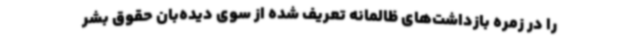
را در زمره بازداشت‌های ظالمانه تعریف شده از سوی دیده‌بان حقوق بشر